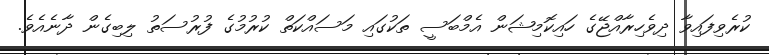
ކުރެވިފައިވާ ދިވެހިރާއްޖޭގެ ހައިކޮމިޝަން އެމްބަސީ ތަކުގައި މަސައްކަތް ކުރުމުގެ ފުރުސަތު ލިބިގެން ދާނެއެވެ.